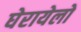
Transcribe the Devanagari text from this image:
घेरायेलो